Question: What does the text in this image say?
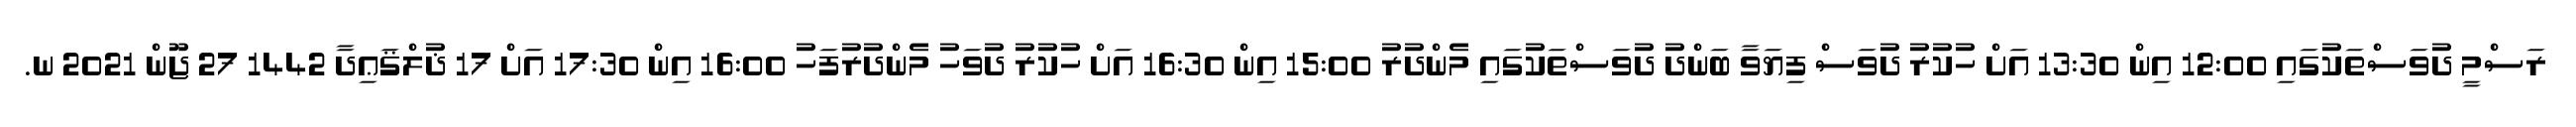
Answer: ރަސްމީ ދުވަސްތަކުގައި 12:00 އިން 13:30 އަށް ހުކުރު ދުވަސް ފިޔަވާ ބަންދު ދުވަސްތަކުގައި މެންދުރު 15:00 އިން 16:30 އަށް ހުކުރު ދުވަހު މެންދުރުފަހު 16:00 އިން 17:30 އަށް 17 ޛުލްޤަޢިދާ 1442 27 ޖޫން 2021 ނ.